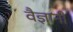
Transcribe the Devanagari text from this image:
वैज्ञानी